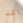
لقد